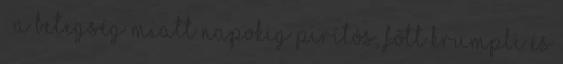
: A betegség miatt napokig pirítós, főtt krumpli és